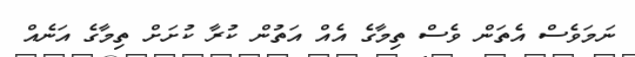
ނަމަވެސް އެތަން ވެސް ތިމާގެ އެއް އަތުން ކުރާ ކުށަށް ތިމާގެ އަނެއް